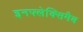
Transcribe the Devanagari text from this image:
इनफ्लेक्सिमैब